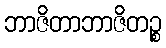
ဘာဇိတာဘာဇိတဉ္စ